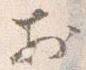
於